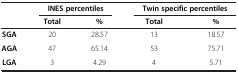
<table><thead><tr><td><b> </b></td><td colspan="2"><b>INES percentiles</b></td><td colspan="2"><b>Twin specific percentiles</b></td></tr><tr><td><b> </b></td><td><b>Total</b></td><td><b>%</b></td><td><b>Total</b></td><td><b>%</b></td></tr></thead><tbody><tr><td><b>SGA</b></td><td>20</td><td>28.57</td><td>13</td><td>18.57</td></tr><tr><td><b>AGA</b></td><td>47</td><td>65.14</td><td>53</td><td>75.71</td></tr><tr><td><b>LGA</b></td><td>3</td><td>4.29</td><td>4</td><td>5.71</td></tr></tbody></table>